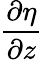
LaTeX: \frac{\partial\eta}{\partial z}